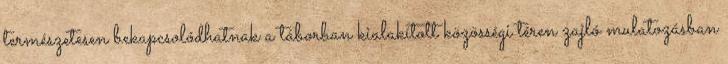
természetesen bekapcsolódhatnak a táborban kialakított közösségi téren zajló mulatozásban